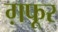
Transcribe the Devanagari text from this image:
ग़फूर